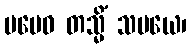
မမေဝ တသ္မိံ သမယေ၊